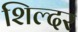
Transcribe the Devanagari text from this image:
शिल्दर